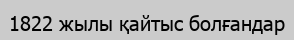
1822 жылы қайтыс болғандар